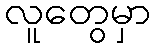
လူတွေမှာ